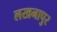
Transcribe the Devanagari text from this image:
लखनापुर